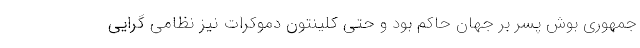
جمهوری بوش پسر بر جهان حاکم بود و حتی کلینتون دموکرات نیز نظامی گرایی